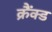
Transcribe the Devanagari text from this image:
क्रैंक्ड